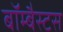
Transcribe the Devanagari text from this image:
बॉम्बैस्टस